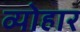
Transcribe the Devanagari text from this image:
व्योहार